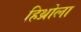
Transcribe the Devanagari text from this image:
हिथ्रोला